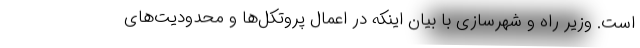
است. وزیر راه و شهرسازی با بیان اینکه در اعمال پروتکل‌ها و محدودیت‌های